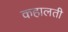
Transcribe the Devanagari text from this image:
कहालती